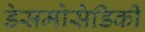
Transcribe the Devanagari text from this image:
डेसमोसेडिकी